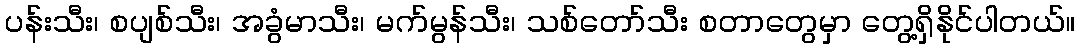
ပန်းသီး၊ စပျစ်သီး၊ အခွံမာသီး၊ မက်မွန်သီး၊ သစ်တော်သီး စတာတွေမှာ တွေ့ရှိနိုင်ပါတယ်။